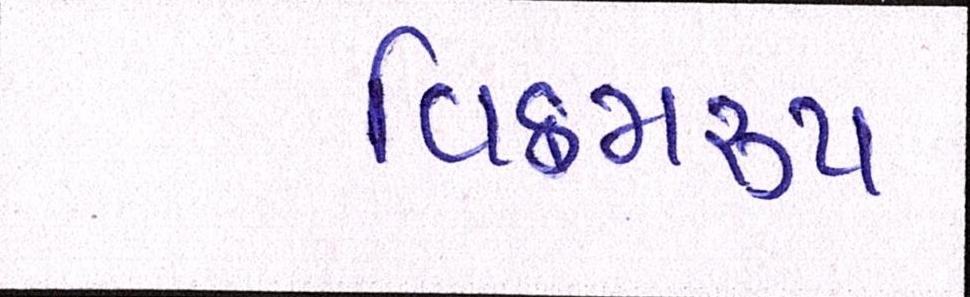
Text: વિક્રમરૃપ